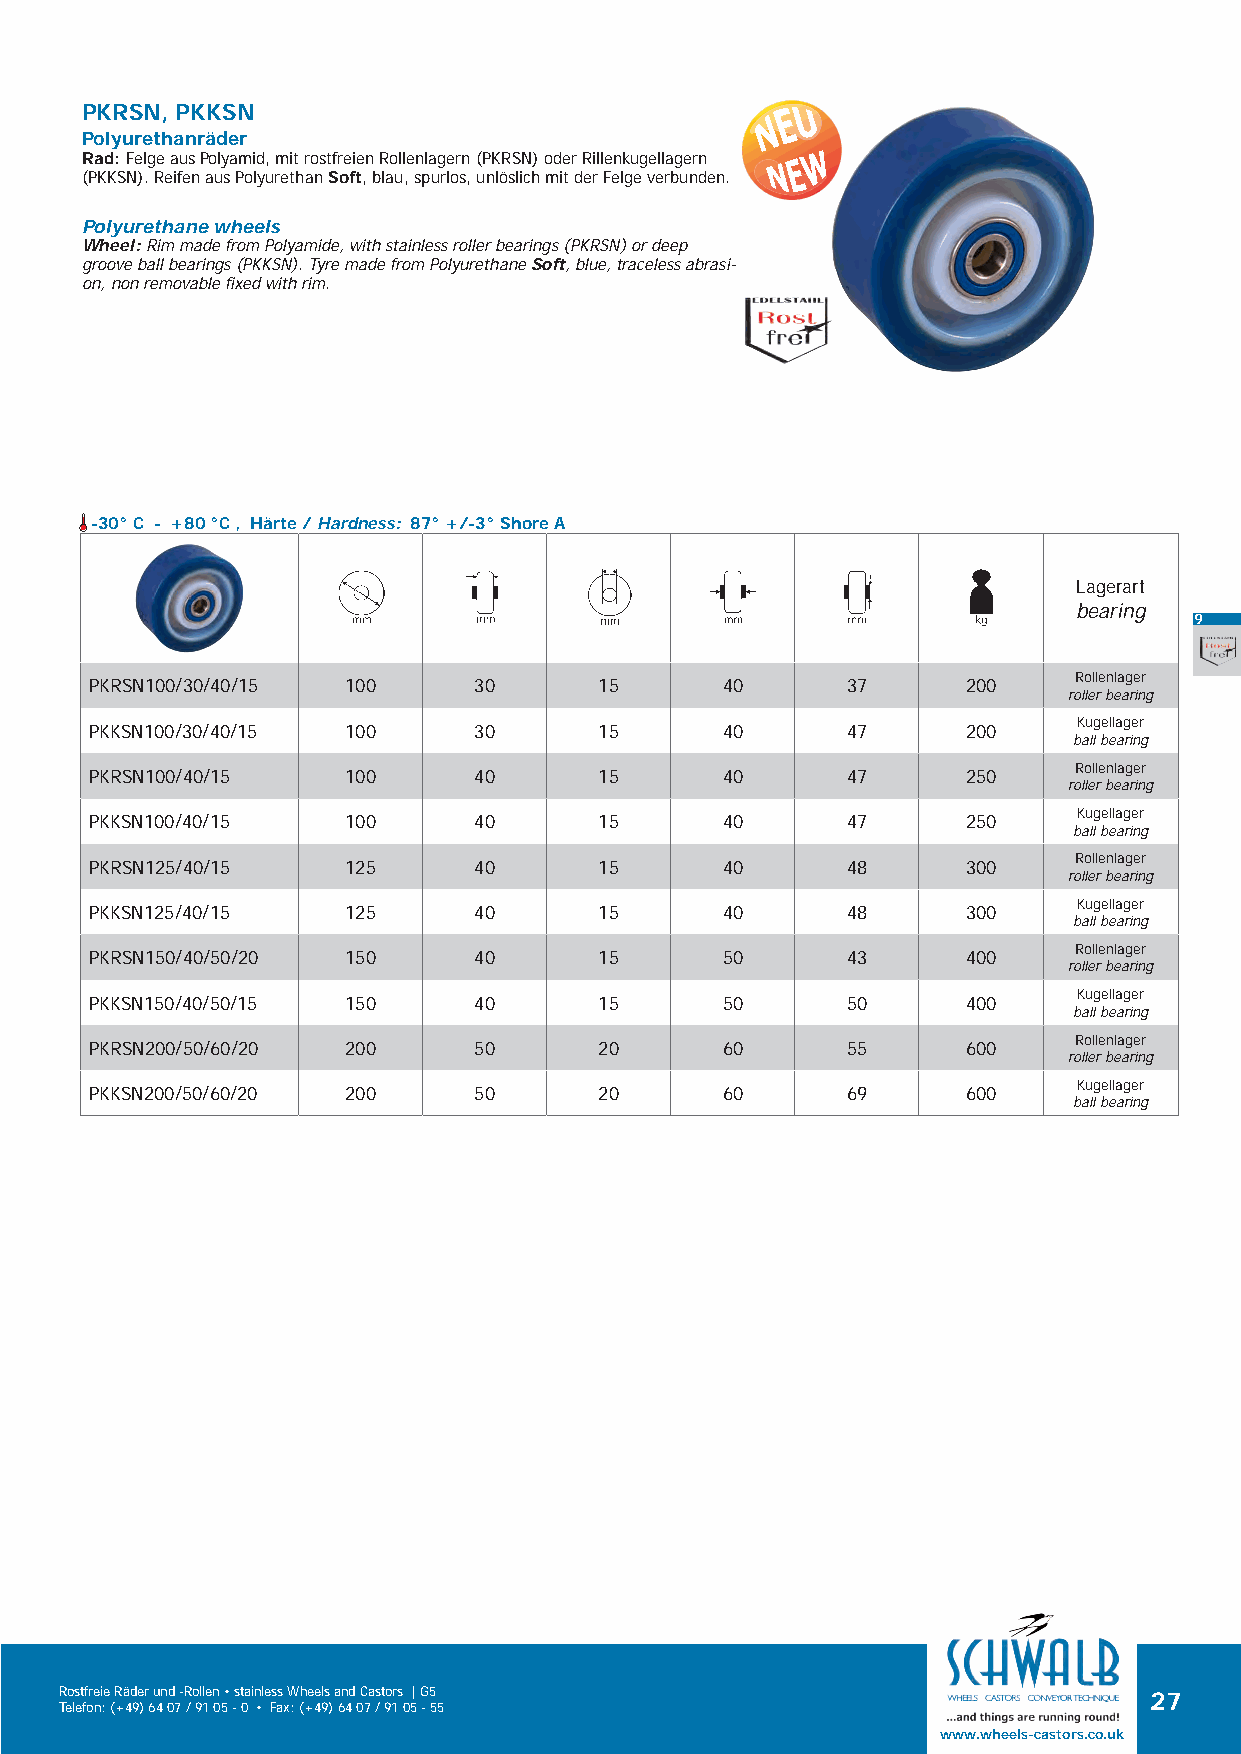
PKRSN, PKKSN
 Polyurethanräder
 Rad: Felge aus Polyamid, mit rostfreien Rollenlagern (PKRSN) oder Rillenkugellagern
 (PKKSN). Reifen aus Polyurethan Soft, blau, spurlos, unlöslich mit der Felge verbunden.
 Polyurethane wheels
 Wheel: Rim made from Polyamide, with stainless roller bearings (PKRSN) or deep
 groove ball bearings (PKKSN). Tyre made from Polyurethane Soft, blue, traceless abrasi-
 on, non removable fixed with rim.
 -30° C - +80 °C , Härte / Hardness: 87° +/-3° Shore A
 Lagerart
 bearing
 9
 Rollenlager
 PKRSN100/30/40/15 100    30       15      40      37      200
 roller bearing
 Kugellager
 PKKSN100/30/40/15 100    30       15      40      47      200
 ball bearing
 Rollenlager
 PKRSN100/40/15   100     40       15      40      47      250
 roller bearing
 Kugellager
 PKKSN100/40/15   100     40       15      40      47      250
 ball bearing
 Rollenlager
 PKRSN125/40/15   125     40       15      40      48      300
 roller bearing
 Kugellager
 PKKSN125/40/15   125     40       15      40      48      300
 ball bearing
 Rollenlager
 PKRSN150/40/50/20 150    40       15      50      43      400
 roller bearing
 Kugellager
 PKKSN150/40/50/15 150    40       15      50      50      400
 ball bearing
 Rollenlager
 PKRSN200/50/60/20 200    50       20      60      55      600
 roller bearing
 Kugellager
 PKKSN200/50/60/20 200    50       20      60      69      600
 ball bearing
 Rostfreie Räder und -Rollen • stainless Wheels and Castors | G5         27
 Telefon: (+49) 64 07 / 91 05 - 0 • Fax: (+49) 64 07 / 91 05 - 55
 www.wheels-castors.co.uk